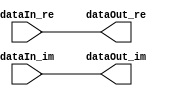
// -------------------------------------------------------------
// 
// 
// Generated by MATLAB 9.13 and HDL Coder 4.0
// 
// -------------------------------------------------------------


// -------------------------------------------------------------
// 
// Module: Gain_Correction
// Source Path: whdlOFDMTransmitter_up_con/OFDM_UC/HDL_DUC/Gain Correction
// Hierarchy Level: 2
// 
// -------------------------------------------------------------

`timescale 1 ns / 1 ns

module Gain_Correction
          (dataIn_re,
           dataIn_im,
           dataOut_re,
           dataOut_im);


  input   signed [17:0] dataIn_re;  // sfix18_En12
  input   signed [17:0] dataIn_im;  // sfix18_En12
  output  signed [17:0] dataOut_re;  // sfix18_En14
  output  signed [17:0] dataOut_im;  // sfix18_En14


  wire signed [17:0] Data_Type_Conversion_out1_re;  // sfix18_En14
  wire signed [17:0] Data_Type_Conversion_out1_im;  // sfix18_En14

  // Divide by 4096
  // To right-shift by 12 bits, reinterpret the number to have 
  // 20 fractional bits rather than 8 fractional bits.


  assign Data_Type_Conversion_out1_re = dataIn_re;
  assign Data_Type_Conversion_out1_im = dataIn_im;



  assign dataOut_re = Data_Type_Conversion_out1_re;

  assign dataOut_im = Data_Type_Conversion_out1_im;

endmodule  // Gain_Correction